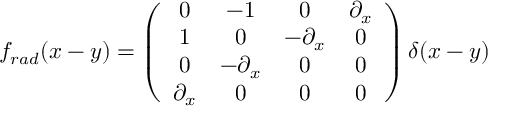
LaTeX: f _ { r a d } ( x - y ) = \left( \begin{array} { c c c c } { { 0 } } & { { { - 1 } } } & { { 0 } } & { { \partial _ { x } } } \\ { { 1 } } & { { 0 } } & { { { - \partial _ { x } } } } & { { 0 } } \\ { { 0 } } & { { { - \partial _ { x } } } } & { { 0 } } & { { 0 } } \\ { { \partial _ { x } } } & { { 0 } } & { { 0 } } & { { 0 } } \end{array} \right) \delta ( x - y )